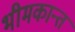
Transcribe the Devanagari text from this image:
भीमकान्त